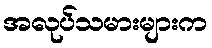
အလုပ်သမားများက